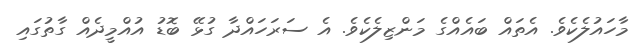
މާހައުލެކެވެ. އެތައް ބައެއްގެ މަންޒިލެކެވެ. އެ ސަރަހައްދާ ގުޅޭ ބޮޑު އުއްމީދެއް ގާތުގައި